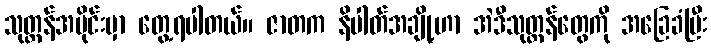
သုတ္တန်အပိုင်းမှာ တွေ့ရပါတယ်။ ဇာတက နိပါတ်အချို့ဟာ အဲဒီသုတ္တန်တွေကို အခြေခံပြီး